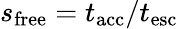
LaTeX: s_{\mathrm{free}}=t_{\mathrm{acc}}/t_{\mathrm{esc}}